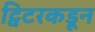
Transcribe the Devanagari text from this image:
ट्विटरकडून